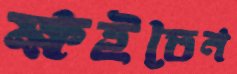
ক্ষইতেন